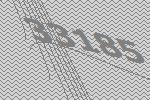
33185